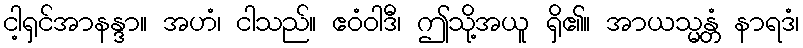
ငါ့ရှင်အာနန္ဒာ။ အဟံ၊ ငါသည်။ ဧဝံဝါဒီ၊ ဤသို့အယူ ရှိ၏။ အာယသ္မန္တံ နာရဒံ၊